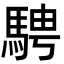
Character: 騁